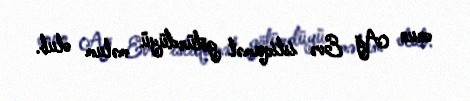
onun Ağ Evə istiqamət götürdüyü məlum olub.